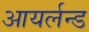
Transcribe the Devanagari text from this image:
आयर्लन्ड